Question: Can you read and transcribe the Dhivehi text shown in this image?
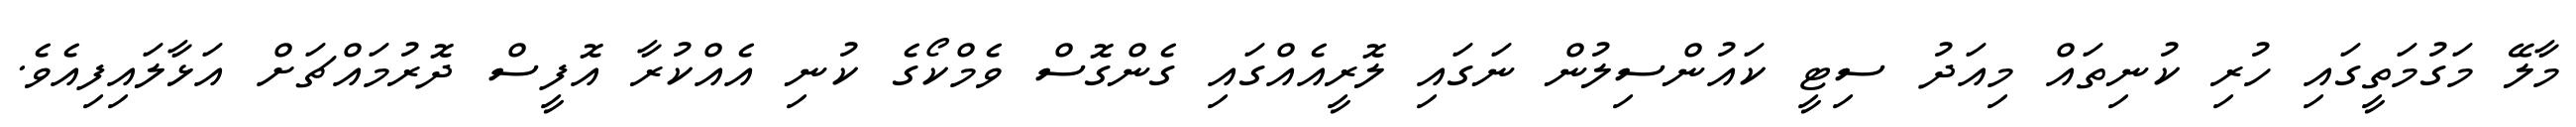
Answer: މާލޭ މަގުމަތީގައި ހުރި ކުނިތައް މިއަދު ސިޓީ ކައުންސިލުން ނަގައި ލޮރީއެއްގައި ގެންގޮސް ވެމްކޯގެ ކުނި އެއްކުރާ އޮފީސް ދޮރުމައްޗަށް އަޅާލައިފިއެވެ.